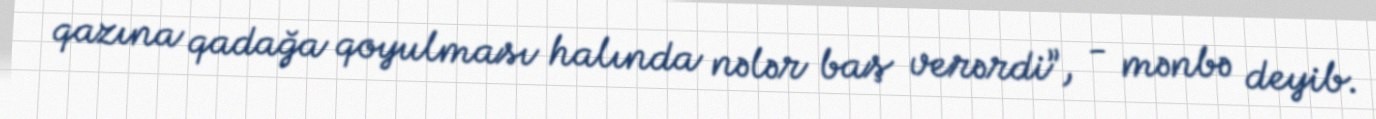
qazına qadağa qoyulması halında nələr baş verərdi”, - mənbə deyib.